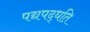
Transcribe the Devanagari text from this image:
पद्यपद्धति